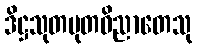
ဒိဋ္ဌသုတမုတဝိညာတေသု